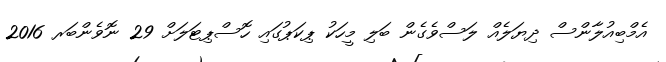
އެމްބިއުލާންސް ދިޔަލެއް ލަސްވެގެން ބަލި މީހަކު ޕިކަޕުގައި ހޮސްޕިޓަލަށް 29 ނޮވެންބަރ 2016